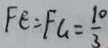
F E = F G = \frac { 1 0 } { 3 }